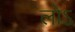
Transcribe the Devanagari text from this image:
लोऽ